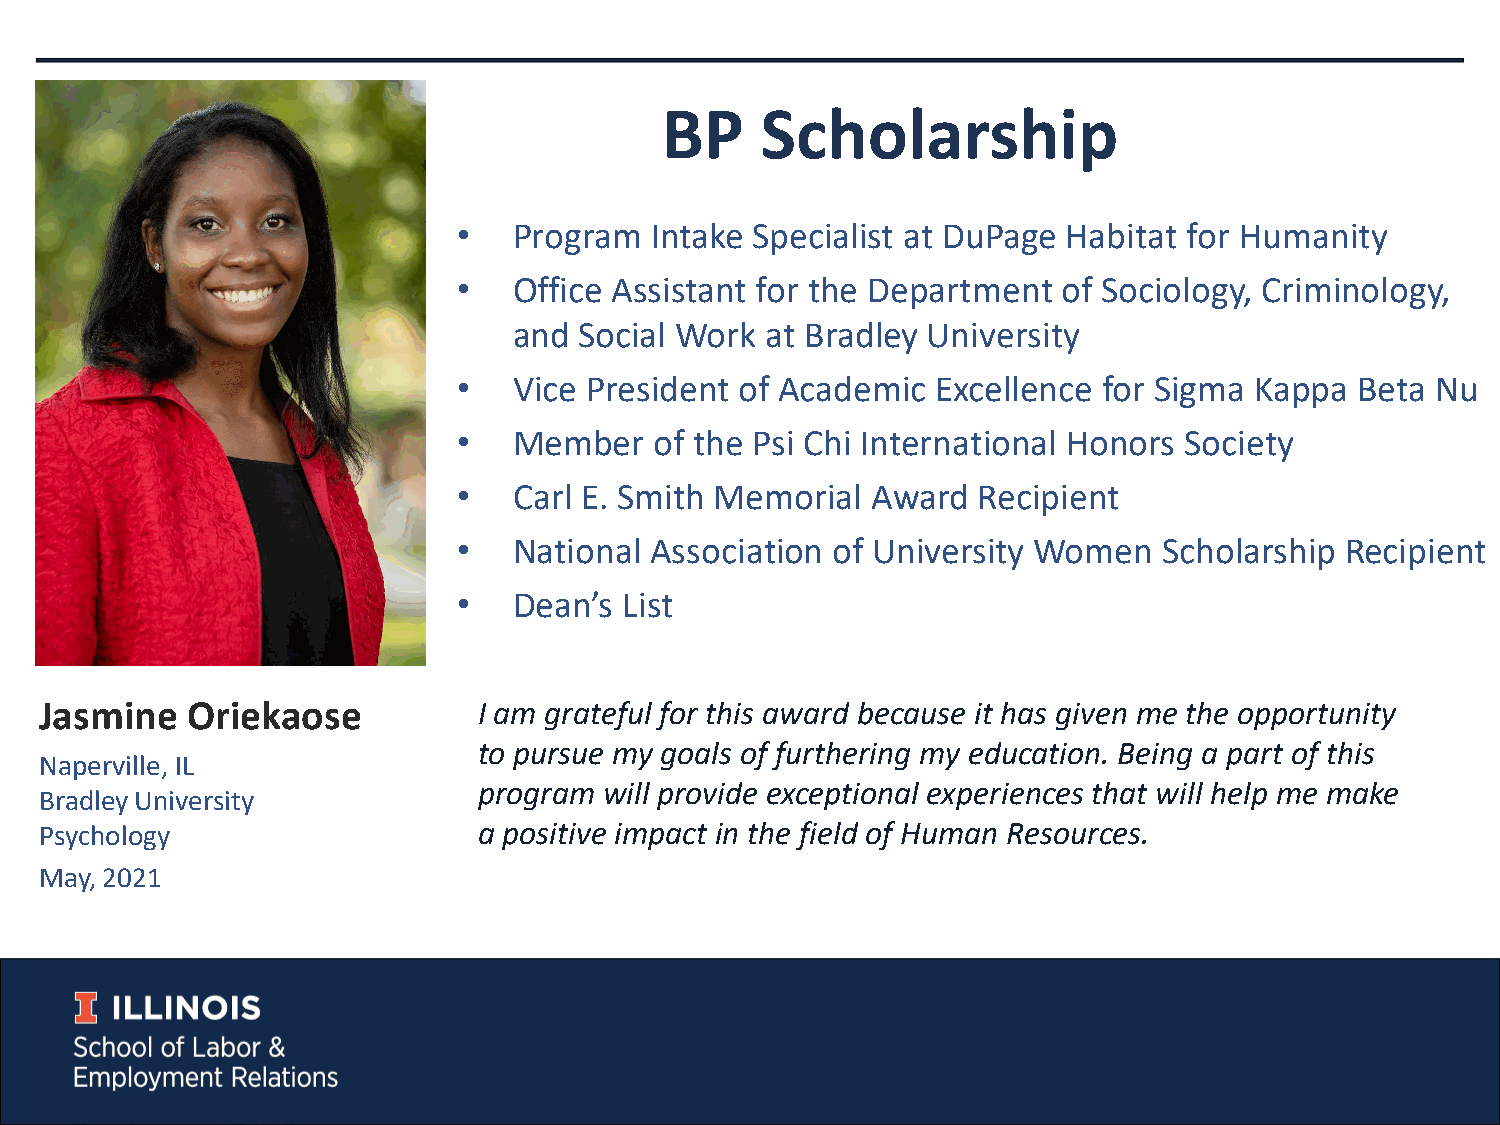
BP    Scholarship
 •   Program  Intake Specialist at DuPage Habitat for Humanity
 •   Office Assistant for the Department of Sociology, Criminology,
 and Social Work  at Bradley University
 •   Vice President of Academic  Excellence for Sigma Kappa  Beta Nu
 •   Member   of the Psi Chi International Honors Society
 •   Carl E. Smith Memorial  Award  Recipient
 •   National Association of University Women   Scholarship Recipient
 •   Dean’s List
 Jasmine  Oriekaose           I am grateful for this award because it has given me the opportunity
 to pursue my goals of furthering my education. Being a part of this
 Naperville, IL
 program will provide exceptional experiences that will help me make
 Bradley University
 Psychology                   a positive impact in the field of Human Resources.
 May, 2021